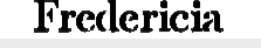
Fredericia